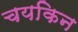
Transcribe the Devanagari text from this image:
चयकिन